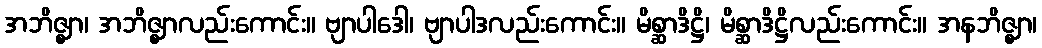
အဘိဇ္ဈာ၊ အဘိဇ္ဈာလည်းကောင်း။ ဗျာပါဒေါ၊ ဗျာပါဒလည်းကောင်း။ မိစ္ဆာဒိဋ္ဌိ၊ မိစ္ဆာဒိဋ္ဌိလည်းကောင်း။ အနဘိဇ္ဈာ၊